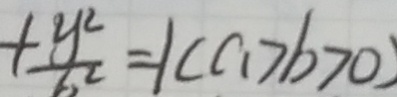
+ \frac { y ^ { 2 } } { b ^ { 2 } } = 1 ( a > b > 0 )